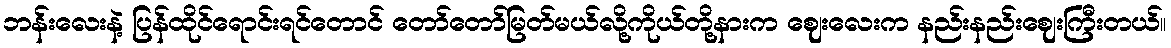
ဘန်းလေးနဲ့ ပြန်ထိုင်ရောင်းရင်တောင် တော်တော်မြတ်မယ်လို့ကိုယ်တို့နားက ဈေးလေးက နည်းနည်းဈေးကြီးတယ်။